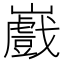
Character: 𭗲